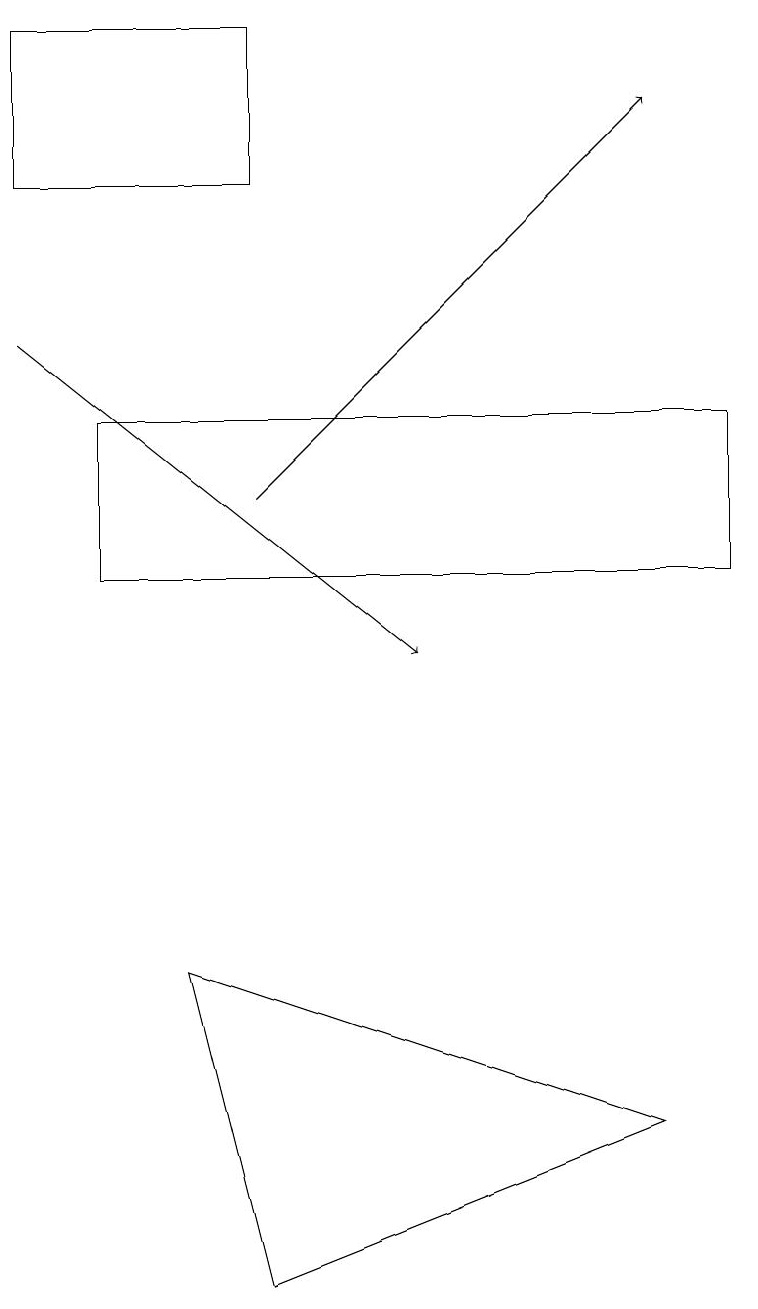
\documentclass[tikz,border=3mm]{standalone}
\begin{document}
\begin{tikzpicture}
\draw[->] (3,13) -- (8,18);
\draw[->] (0,15) -- (5,11);
\draw (3,3) -- (8,5) -- (2,7) -- cycle;
\draw (0,17) rectangle (3,19);
\draw (1,14) rectangle (9,12);
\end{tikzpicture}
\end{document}